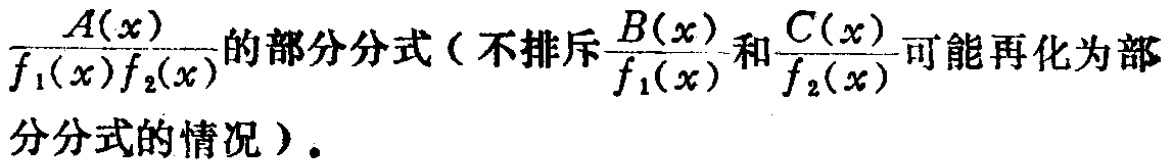
$\frac{A(x)}{f_{1}(x)f_{2}(x)}的部分分式(不排斥\frac{B(x)}{f_{1}(x)}和\frac{C(x)}{f_{2}(x)}可能再化为部分分式的情况)。$